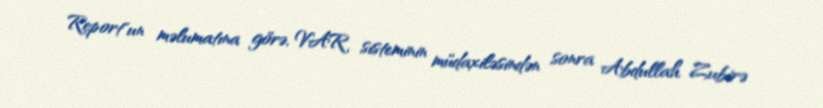
Report"un məlumatına görə, VAR sisteminin müdaxiləsindən sonra Abdullah Zubirə